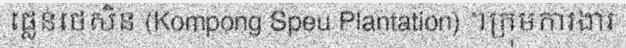
ផ្លេនថេសិន (Kompong Speu Plantation) ។ក្រុមការងារ